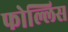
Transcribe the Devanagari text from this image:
फोल्लिस